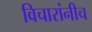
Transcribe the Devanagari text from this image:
विचारांनीच